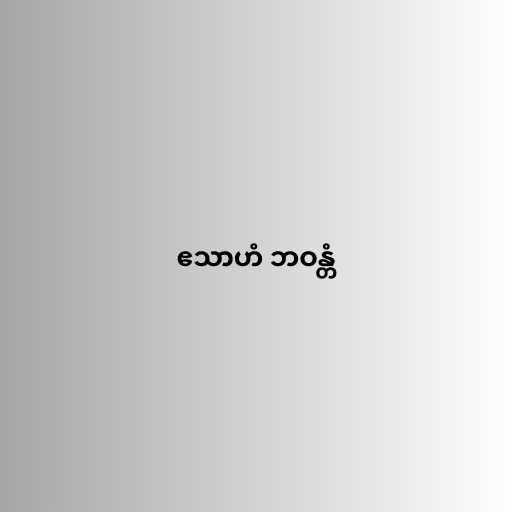
ဧသာဟံ ဘဝန္တံ